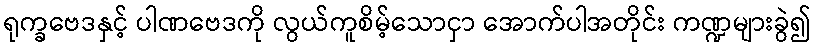
ရုက္ခဗေဒနှင့် ပါဏဗေဒကို လွယ်ကူစိမ့်သောငှာ အောက်ပါအတိုင်း ကဏ္ဍများခွဲ၍